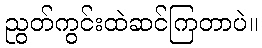
ညွတ်ကွင်းထဲဆင်ကြတာပဲ။